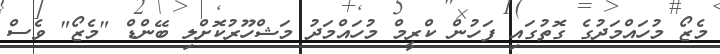
މެޒޯ މުހައްމަދުގެ ގޮތުގައި ފަހުން ކްރީމް މުހައްމަދު މަޝްހޫރުކޮށްލި ބޭންޑް "މެޒޯ" ވެސް